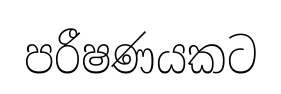
පරීෂණයකට